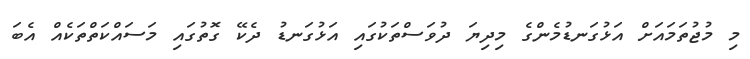
މި މުޖުތަމައަށް އަޅުގަނޑުމެންގެ މިދިޔަ ދުވަސްތަކުގައި އަޅުގަނޑު ދެކޭ ގޮތުގައި މަސައްކަތްތަކެއް އެބަ